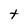
Character: t